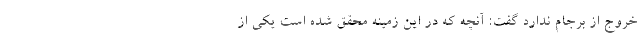
خروج از برجام ندارد گفت: آنچه که در این زمینه محقق شده است یکی از